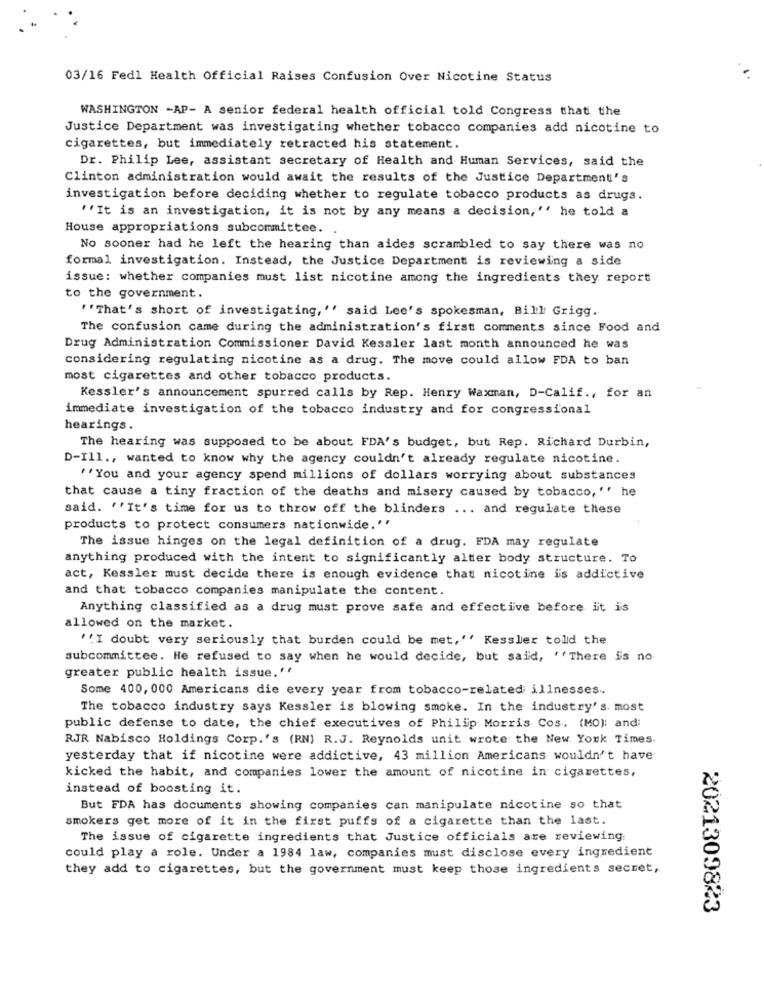
03/16 Fedl Health Official Raises Confusion Over Nicotine Status
WASHINGTON -AP- A senior federal health official told Congress that the
Justice Department was investigating whether tobacco companies add nicotine to
cigarettes, but immediately retracted his statement.
Dr. Philip Lee, assistant secretary of Health and Human Services, said the
Clinton administration would await the results of the Justice Department's
investigation before deciding whether to regulate tobacco products as drugs.
''It is an investigation, it is not by any means a decision, " he told a
House appropriations subcommittee.
No sooner had he left the hearing than aides scrambled to say there was no
formal investigation. Instead, the Justice Department is reviewing a side
issue: whether companies must list nicotine among the ingredients they report
to the government.
''That's short of investigating, " said Lee's spokesman, Bill Grigg.
The confusion came during the administration's first comments since Food and
Drug Administration Commissioner David Kessler last month announced he was
considering regulating nicotine as a drug. The move could allow FDA to ban
most cigarettes and other tobacco products.
Kessler's announcement spurred calls by Rep. Henry Waxman, D-Calif ., for an
immediate investigation of the tobacco industry and for congressional
hearings.
The hearing was supposed to be about FDA's budget, but Rep. Richard Durbin,
D-Ill ., wanted to know why the agency couldn't already regulate nicotine.
"You and your agency spend millions of dollars worrying about substances
that cause a tiny fraction of the deaths and misery caused by tobacco, " he
said. ''It's time for us to throw off the blinders ... and regulate these
products to protect consumers nationwide.''
The issue hinges on the legal definition of a drug. FDA may regulate
anything produced with the intent to significantly alter body structure. To
act, Kessler must decide there is enough evidence that nicotine is addictive
and that tobacco companies manipulate the content.
Anything classified as a drug must prove safe and effective before it is
allowed on the market.
''I doubt very seriously that burden could be met, '' Kessler told the
subcommittee. He refused to say when he would decide, but said, "There is no
greater public health issue.''
Some 400, 000 Americans die every year from tobacco-related illnesses ..
The tobacco industry says Kessler is blowing smoke. In the industry's. most
public defense to date, the chief executives of Philip Morris Cos. (MO): and:
RJR Nabisco Holdings Corp.'s (RN) R.J. Reynolds unit wrote the New York Times.
yesterday that if nicotine were addictive, 43 million Americans wouldn't have
kicked the habit, and companies lower the amount of nicotine in cigarettes,
instead of boosting it.
But FDA has documents showing companies can manipulate nicotine so that
smokers get more of it in the first puffs of a cigarette than the last.
The issue of cigarette ingredients that Justice officials are reviewing
could play a role. Under a 1984 law, companies must disclose every ingredient
they add to cigarettes, but the government must keep those ingredients secret,
2021309823